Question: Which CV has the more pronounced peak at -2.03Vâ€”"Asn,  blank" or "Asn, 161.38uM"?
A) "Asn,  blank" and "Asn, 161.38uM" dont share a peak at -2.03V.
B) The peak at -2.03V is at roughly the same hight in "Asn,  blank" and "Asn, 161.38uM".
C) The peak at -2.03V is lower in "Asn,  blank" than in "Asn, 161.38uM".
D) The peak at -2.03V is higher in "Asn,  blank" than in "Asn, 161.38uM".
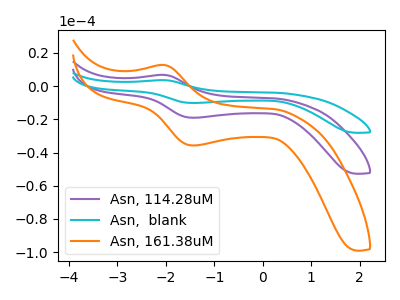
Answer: <think>The purple curve "Asn, 114.28uM" has an anodic peak at (-2.05V, 6.80uA) and a cathodic peak at (-1.40V, -19.05uA). The cyan curve "Asn,  blank" has an anodic peak at (-2.05V, 13.60uA) and a cathodic peak at (-1.40V, -38.05uA). The orange curve "Asn, 161.38uM" has an anodic peak at (-2.05V, 12.75uA) and a cathodic peak at (-1.40V, -35.75uA).</think>
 <answer>D) The peak at -2.03V is higher in "Asn,  blank" than in "Asn, 161.38uM".</answer>
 <eval>D</eval>